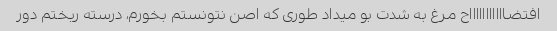
افتضاااااااااااح مرغ به شدت بو میداد طوری که اصن نتونستم بخورم، درسته ریختم دور